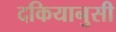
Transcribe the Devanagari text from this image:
दकियानुसी